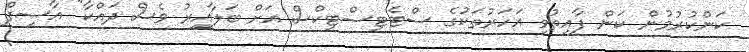
ކަންކުރުމުން ކަން ފާއިތުވި އަހަރުތަކުގެ ސްޓެޓިސްޓިކްސް އަށް ބަލާއިރު ވެސް ދައްކާ" އާސިފް